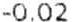
-0.02